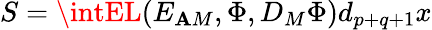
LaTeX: S=\intEL({E_{\mathbf{A}M}},\Phi,{D_{M}\Phi})d_{p+q+1}x